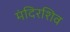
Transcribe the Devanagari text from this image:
मंदिरशिव